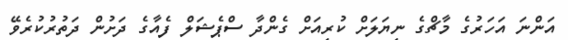
އަންނަ އަހަރުގެ މާޗްގެ ނިޔަލަށް ކުރިއަށް ގެންދާ ސްޕެޝަލް ފެއާގެ ދަށުން ދަތުރުކުރެވޭ